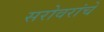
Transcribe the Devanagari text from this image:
सरोवरांचे